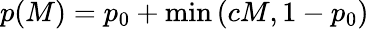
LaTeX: p(M)=p_{0}+\operatorname*{min}\left(cM,1-p_{0}\right)